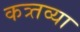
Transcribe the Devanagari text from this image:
कत्र्तव्या